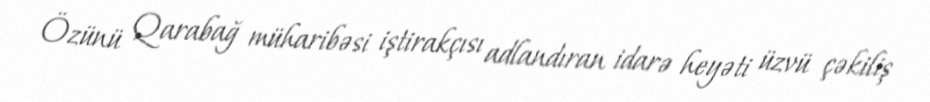
Özünü Qarabağ müharibəsi iştirakçısı adlandıran idarə heyəti üzvü çəkiliş